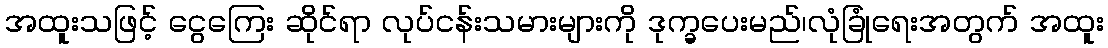
အထူးသဖြင့် ငွေကြေး ဆိုင်ရာ လုပ်ငန်းသမားများကို ဒုက္ခပေးမည်၊လုံခြုံရေးအတွက် အထူး